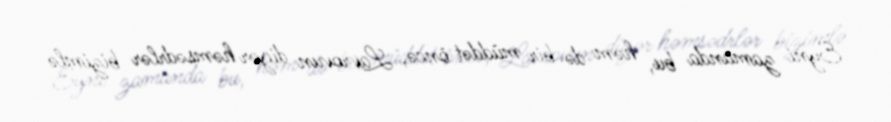
Eyni zamanda bu, həm də bir müddət öncə, Lavrovun digər həmsədrlər bizimlə